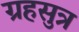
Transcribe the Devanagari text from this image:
ग्रहसुत्र